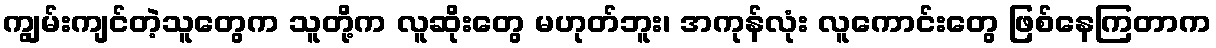
ကျွမ်းကျင်တဲ့သူတွေက သူတို့က လူဆိုးတွေ မဟုတ်ဘူး၊ အကုန်လုံး လူကောင်းတွေ ဖြစ်နေကြတာက